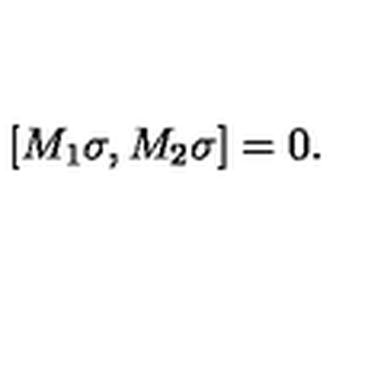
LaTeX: \lbrack M _ { 1 } \sigma , M _ { 2 } \sigma ] = 0 .